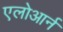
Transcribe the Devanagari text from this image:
एलोआर्न